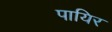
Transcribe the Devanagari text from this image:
पायिर